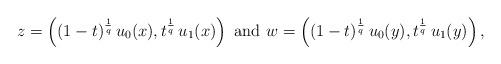
LaTeX: \begin{align*}z=\left((1-t)^\frac{1}{q}\,u_0(x),t^\frac{1}{q}\,u_1(x)\right)\mbox{ and }w=\left((1-t)^\frac{1}{q}\,u_0(y),t^\frac{1}{q}\,u_1(y)\right),\end{align*}